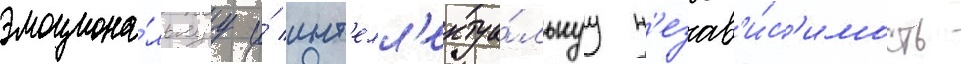
эмоциона́льнуу и́ инт'елл'ектуа́льнуу н'езав'и́с'имость